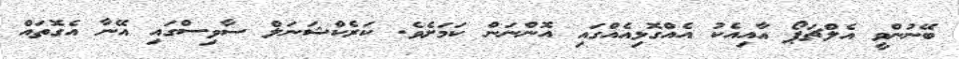
ބޭނުންވީ އެލްޗަޕޯ އާއިއެކު އެއްގޮޅިއެއްގައި އޮންނަން ކަމަށެވެ. ކަރެކްޝަނަލް ސާވިސްގައި އޭނާ އެގޮތައް